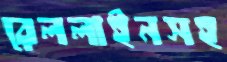
রেললাইনসহ